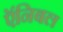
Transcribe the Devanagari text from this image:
ऍनिबल